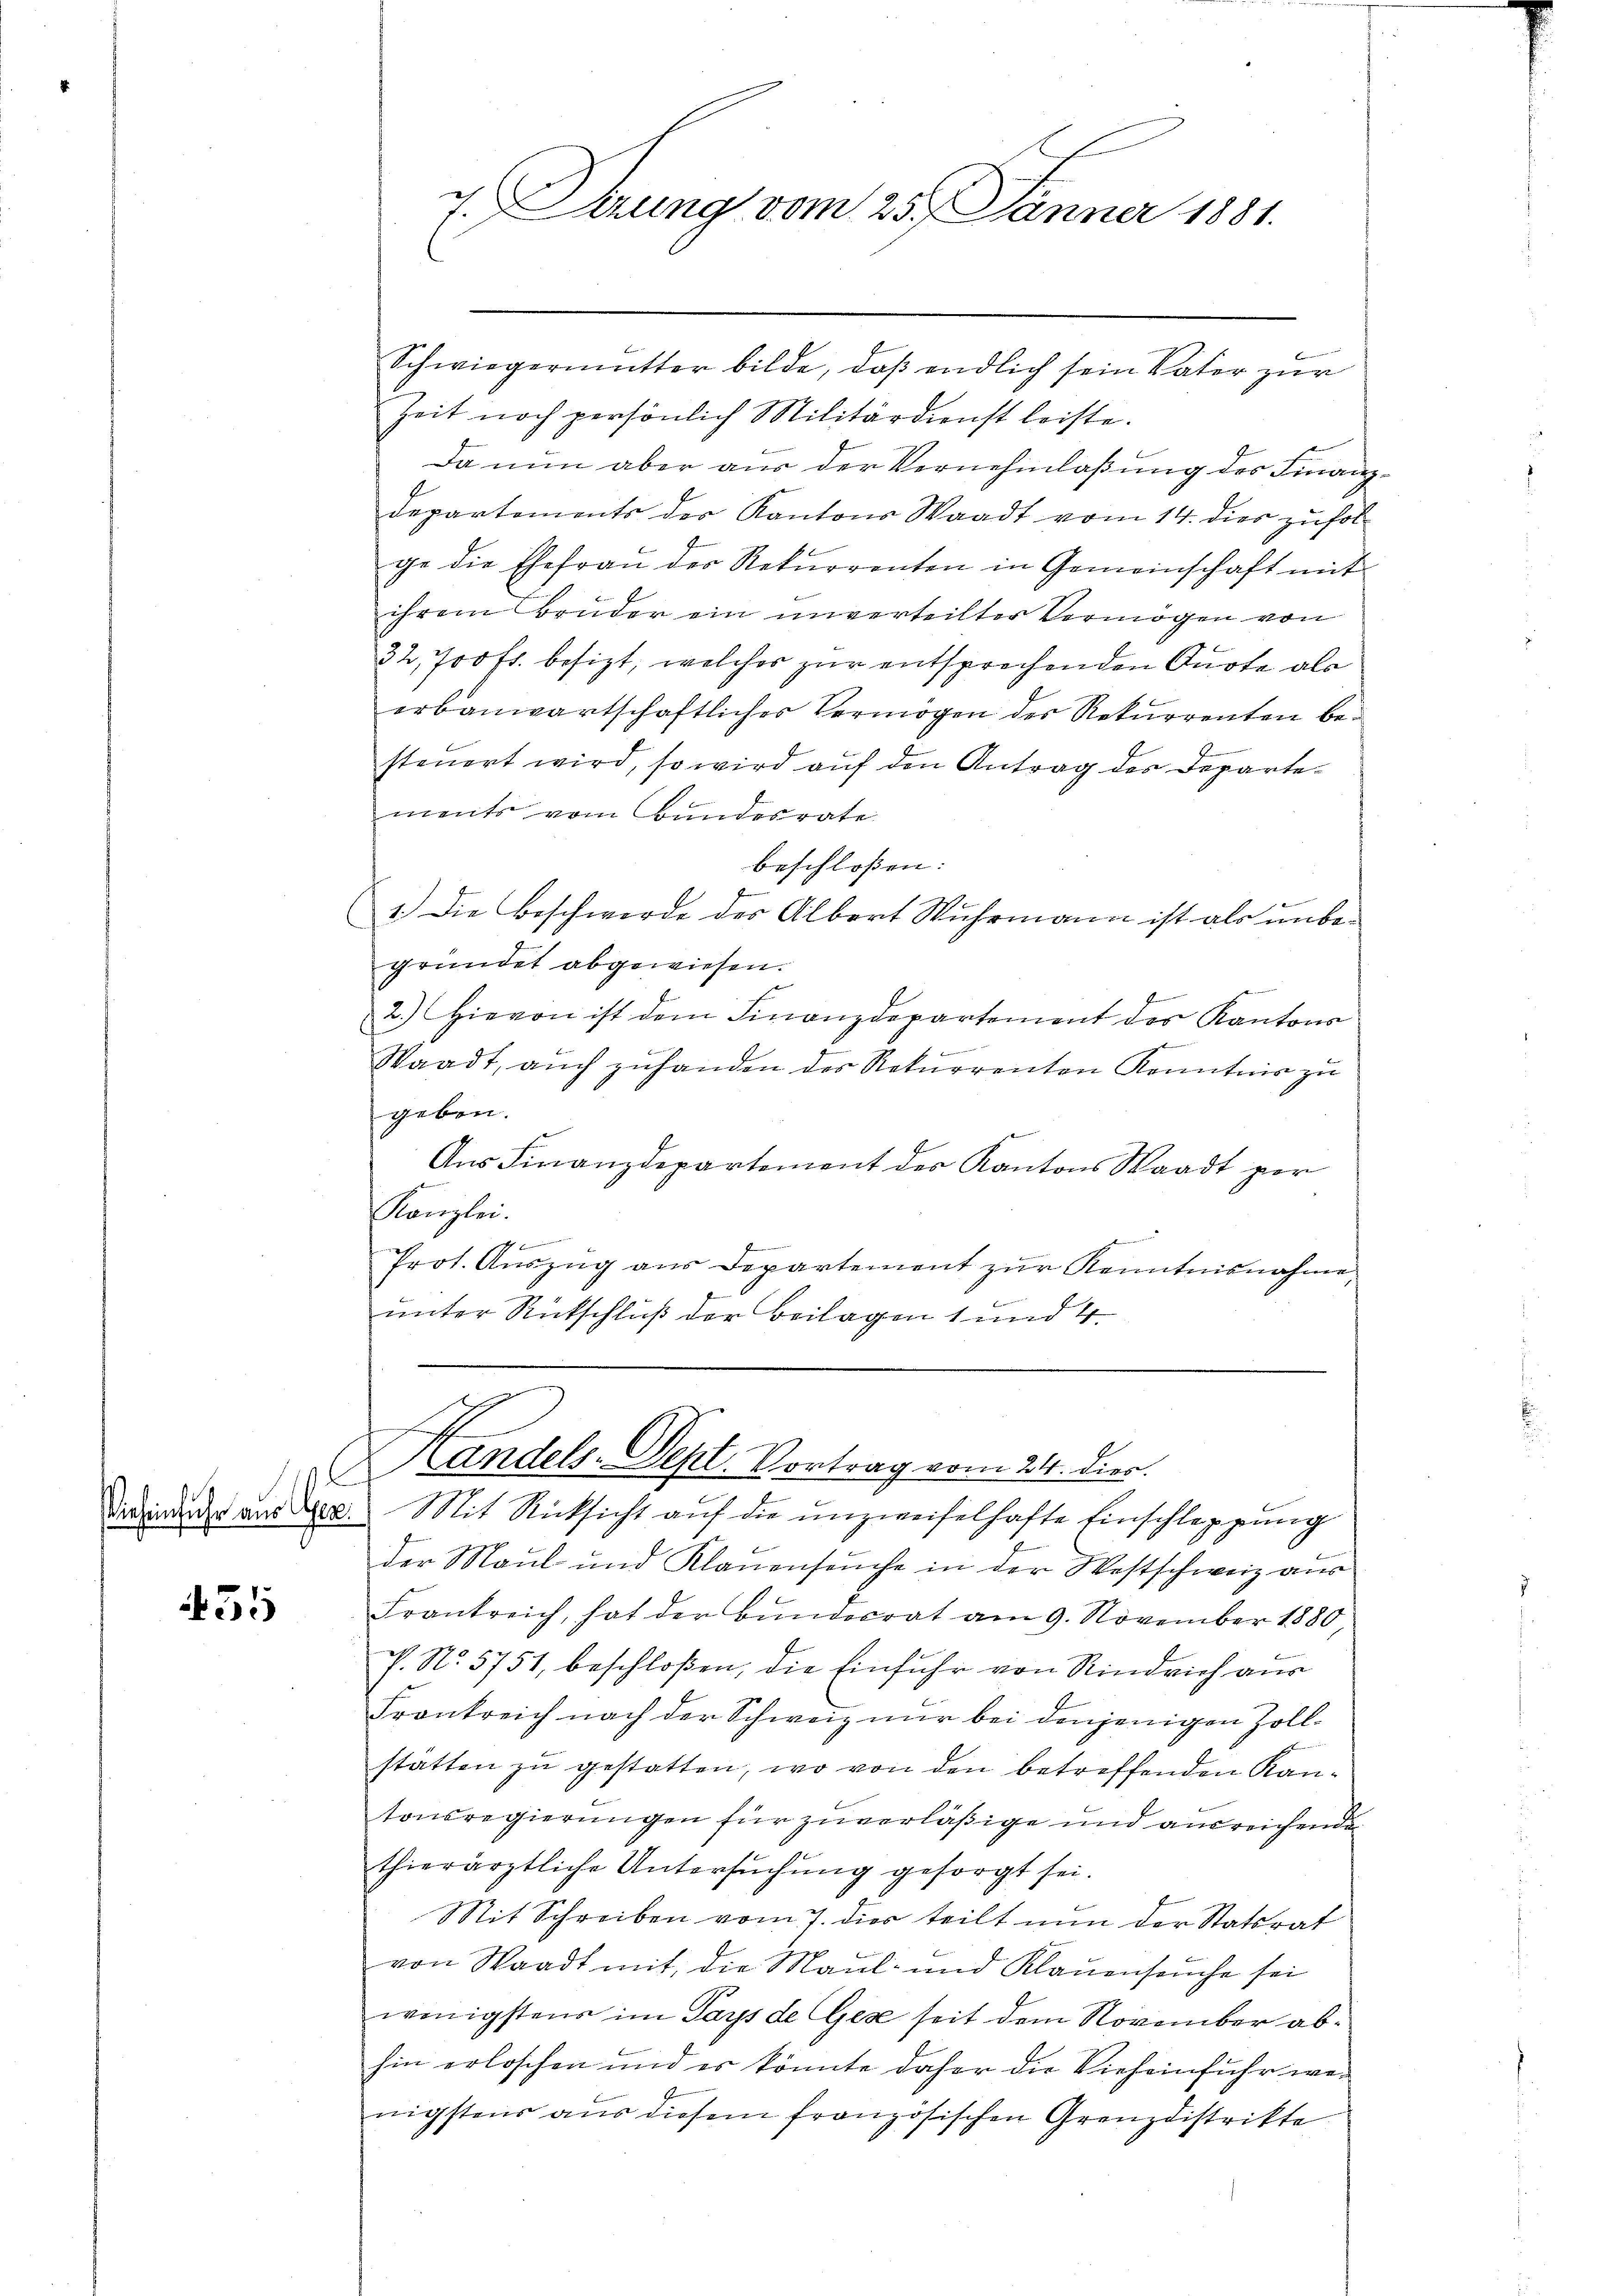
455

7. Derung vom 25. Jänner 1881.

Schwiegermutter bilde, daß endlich sein Vater zur
Zeit noch persönlich Militärdienst leiste.
Da nun aber aus der Vernehmlaßung des Finanz¬
Departements der Kantons Waadt vom 14. dies zufolge die Ehefrau der Rekurrenten in Gemeinschaft mit
ihrem Bruder ein unverteilter Vermögen von
32,700 fr. besizt, welches zur entsprechenden Quote als
erbauwartschaftlicher Vermögen der Rekurrenten beb
steŭert wird, so wird aŭf den Antrag des Departements vom Bundesrate
beschloßen:
1.) Die Beschwerde des Albert Wuhrmann ist als unbegründet abgewiesen.
e
2.) Hievon ist dem Finanzdepartement des Kantons
Waadt, aŭch zŭhanden des Rekurrenten Kenntnis zu
fgeben.
Aus Finanzdepartement des Kantons Waadt per
e
Kanzlei.
4
Prot. Aŭszŭg aŭs Departement zŭr Kenntnisnahme,
unter Rückschluß der Beilagen 1 und 4.
.
Handels-Dept. Vortrag vom 24. dies
dies in der aus der Mit Rücksicht aŭf die unzweifelhafte Einschleppung
der Maul und Klauenseuche in der Westschweiz aus
Frankreich, hat der Bunderrat am 9. November 1880,
. N. 5751, beschloßen, die Einfuhr von Rindvieh aus
Frankreich nach der Schweiz nur bei denjenigen Zoll¬
A
stätten zu gestatten, wo von den betreffenden Kantonsregierungen für zuverläßige und ausreichende
thierärztliche Untersuchung gesorgt sei.
Mit Schreiben vom 7. dies teilt nun der Statsrat
von Waadt mit die Maul- und Klaŭensŭche sei
wenigstens im Pays de Gese seit dem November abhin erloschen und es könnte daher die Vieheinfuhr wenigstens aus diesem französischen Grenzdistrikte